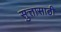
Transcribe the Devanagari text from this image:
सुत्तासाठी